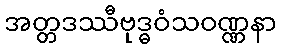
အတ္တဒဿီဗုဒ္ဓဝံသဝဏ္ဏနာ